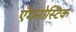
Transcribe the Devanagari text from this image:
ऍगनोस्टिक